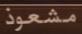
مشعوذ